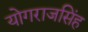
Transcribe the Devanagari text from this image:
योगराजसिंह